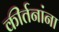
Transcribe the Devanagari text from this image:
कीर्तनांना